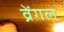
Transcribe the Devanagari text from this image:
व्रेंगल